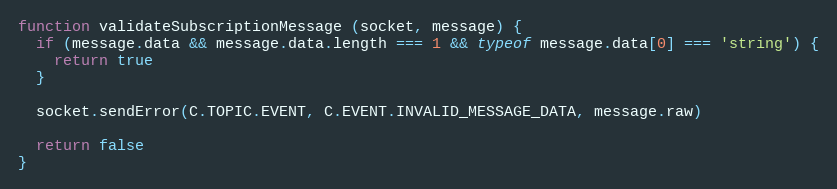
Language: JavaScript
function validateSubscriptionMessage (socket, message) {
  if (message.data && message.data.length === 1 && typeof message.data[0] === 'string') {
    return true
  }

  socket.sendError(C.TOPIC.EVENT, C.EVENT.INVALID_MESSAGE_DATA, message.raw)

  return false
}